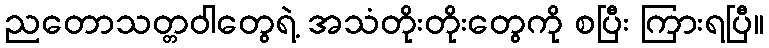
ညတောသတ္တဝါတွေရဲ့ အသံတိုးတိုးတွေကို စပြီး ကြားရပြီ။